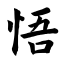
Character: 悟